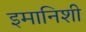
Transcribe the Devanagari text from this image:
इमानिशी